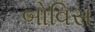
બોવિસ